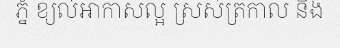
ភ្នំ ខ្យល់អាកាសល្អ ស្រស់ត្រកាល និង